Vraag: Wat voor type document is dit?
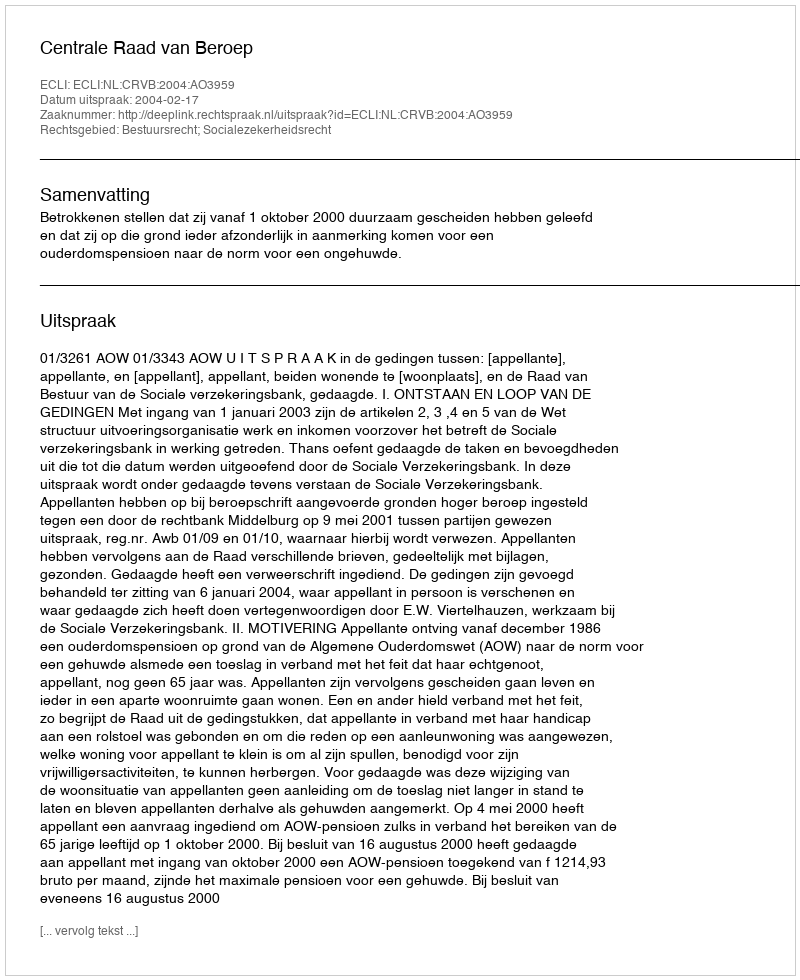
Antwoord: Uitspraak